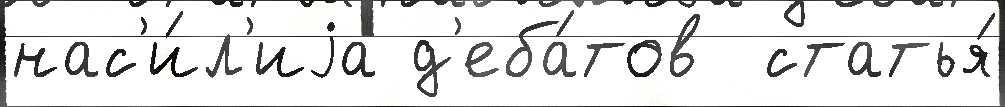
нас'и́л'иjа д'еба́тов  статья́